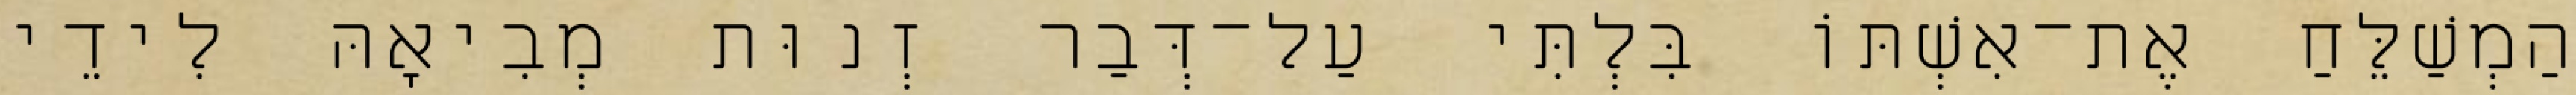
הַמְשַׁלֵּחַ אֶת־אִשְׁתּוֹ בִּלְתִּי עַל־דְּבַר זְנוּת מְבִיאָהּ לִידֵי